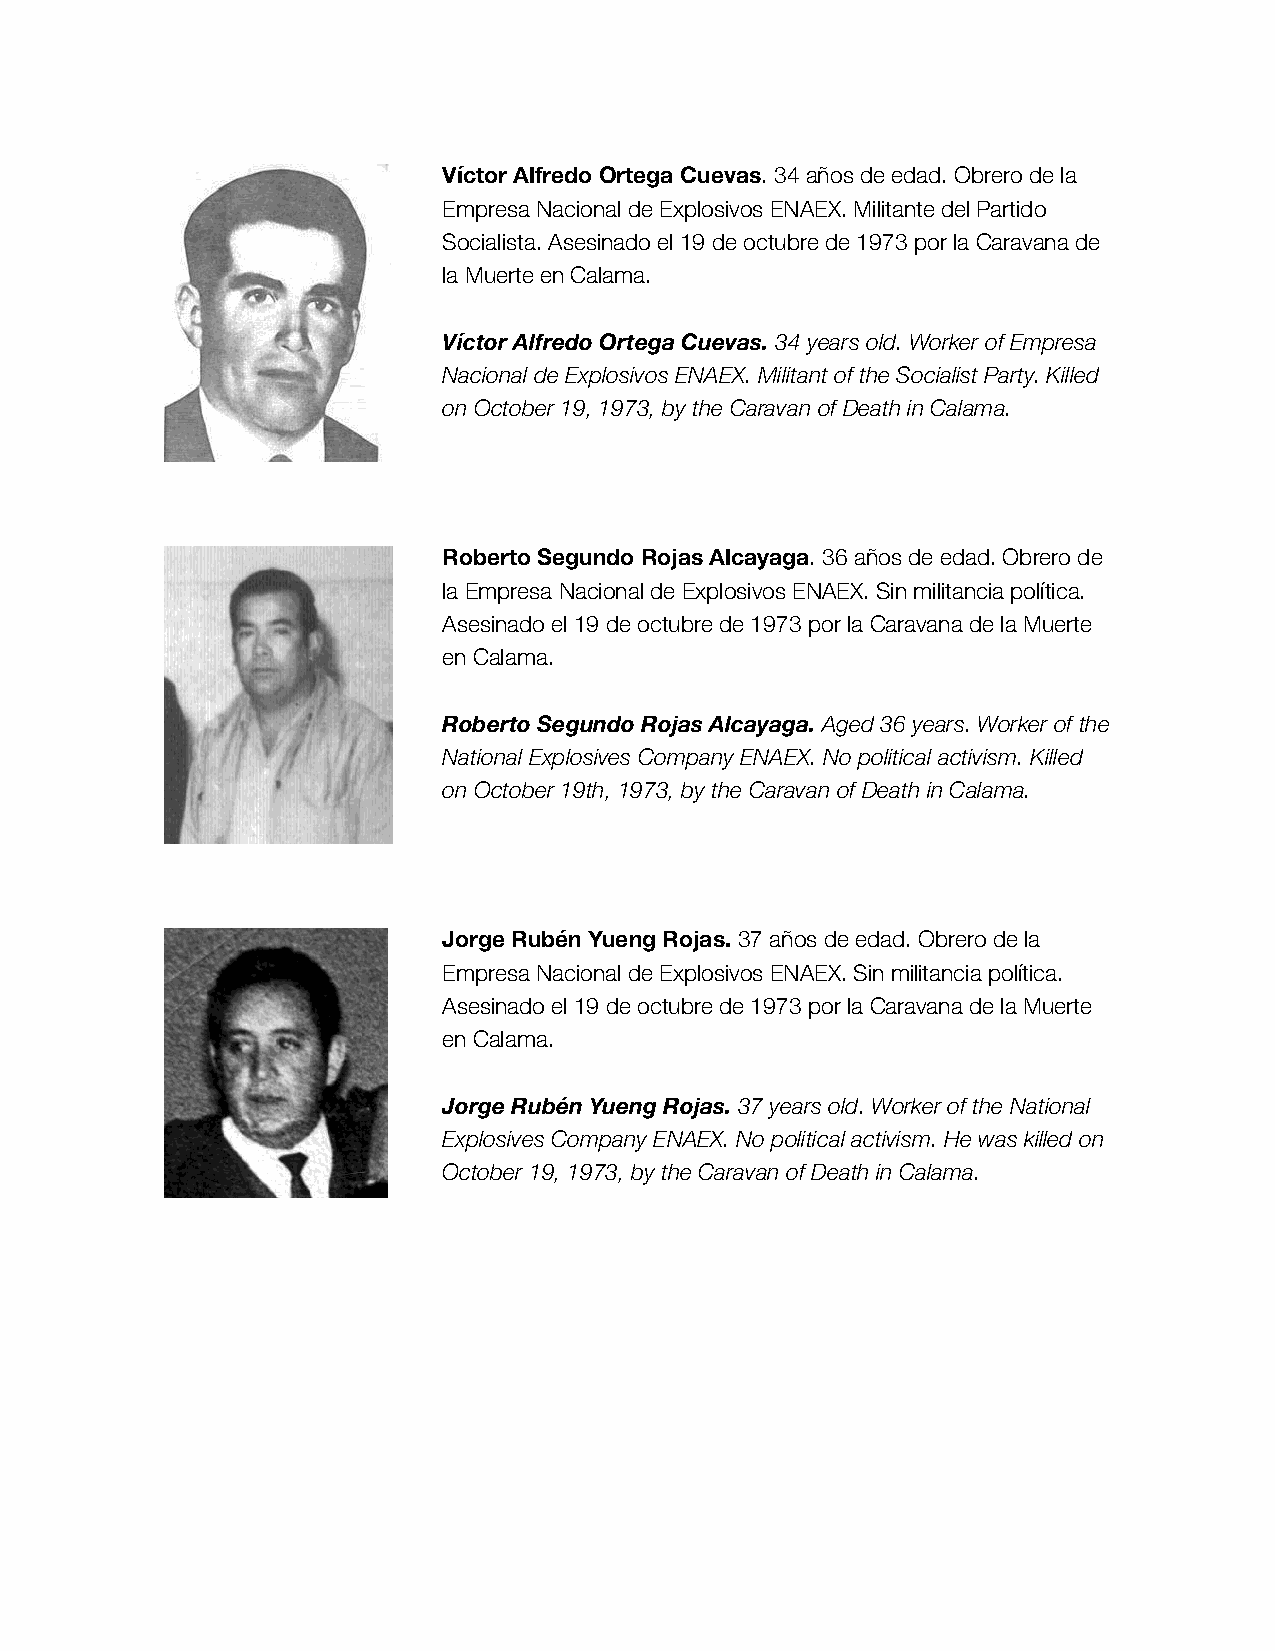
Víctor Alfredo Ortega Cuevas. 34 años de edad. Obrero de la
 Empresa Nacional de Explosivos ENAEX. Militante del Partido
 Socialista. Asesinado el 19 de octubre de 1973 por la Caravana de
 la Muerte en Calama.
 Víctor Alfredo Ortega Cuevas. 34 years old. Worker of Empresa
 Nacional de Explosivos ENAEX. Militant of the Socialist Party. Killed
 on October 19, 1973, by the Caravan of Death in Calama.
 Roberto Segundo Rojas Alcayaga. 36 años de edad. Obrero de
 la Empresa Nacional de Explosivos ENAEX. Sin militancia política.
 Asesinado el 19 de octubre de 1973 por la Caravana de la Muerte
 en Calama.
 Roberto Segundo Rojas Alcayaga. Aged 36 years. Worker of the
 National Explosives Company ENAEX. No political activism. Killed
 on October 19th, 1973, by the Caravan of Death in Calama.
 Jorge Rubén Yueng Rojas. 37 años de edad. Obrero de la
 Empresa Nacional de Explosivos ENAEX. Sin militancia política.
 Asesinado el 19 de octubre de 1973 por la Caravana de la Muerte
 en Calama.
 Jorge Rubén Yueng Rojas. 37 years old. Worker of the National
 Explosives Company ENAEX. No political activism. He was killed on
 October 19, 1973, by the Caravan of Death in Calama.